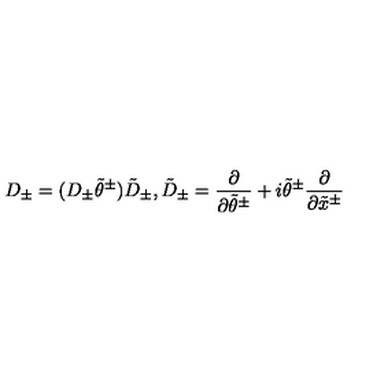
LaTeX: D _ { \pm } = ( D _ { \pm } \tilde { \theta } ^ { \pm } ) \tilde { D } _ { \pm } , \tilde { D } _ { \pm } = \frac { \partial } { \partial \tilde { \theta } ^ { \pm } } + i \tilde { \theta } ^ { \pm } \frac { \partial } { \partial \tilde { x } ^ { \pm } }